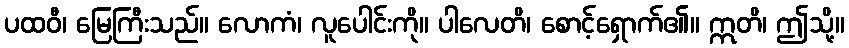
ပထဝီ၊ မြေကြီးသည်။ လောကံ၊ လူပေါင်းကို။ ပါလေတိ၊ စောင့်ရှောက်၏။ ဣတိ၊ ဤသို့။